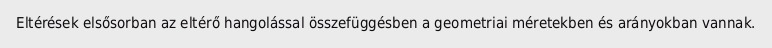
Eltérések elsősorban az eltérő hangolással összefüggésben a geometriai méretekben és arányokban vannak.